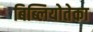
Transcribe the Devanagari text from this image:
बिब्लियोतेका